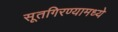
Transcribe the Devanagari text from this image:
सूतगिरण्यामध्ये